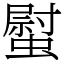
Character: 螱